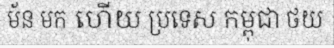
ម័ន មក ហើយ ប្រទេស កម្ពុជា ថយ